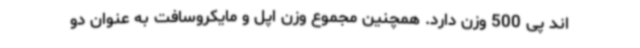
اند پی 500 وزن دارد. همچنین مجموع وزن اپل و مایکروسافت به عنوان دو